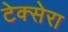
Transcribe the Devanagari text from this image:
टेक्सेरा